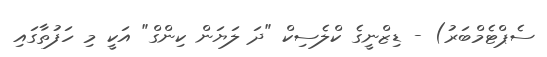
ސެޕްޓެމްބަރު) - ޑިޒްނީގެ ކްލެސިކް "ދަ ލަޔަން ކިންގް" އަކީ މި ހަފުތާގައި